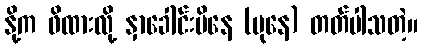
နို့က ဖိထားလို့ နှာခေါင်းပိနေ (ပုနေ) တတ်ပါသတဲ့။